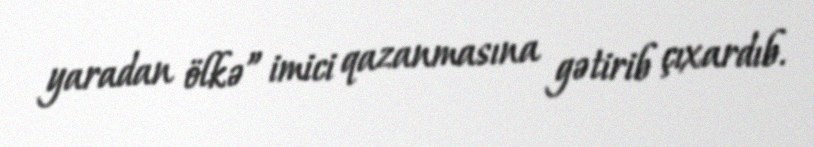
yaradan ölkə” imici qazanmasına gətirib çıxardıb.